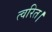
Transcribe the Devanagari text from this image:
त्वरित।